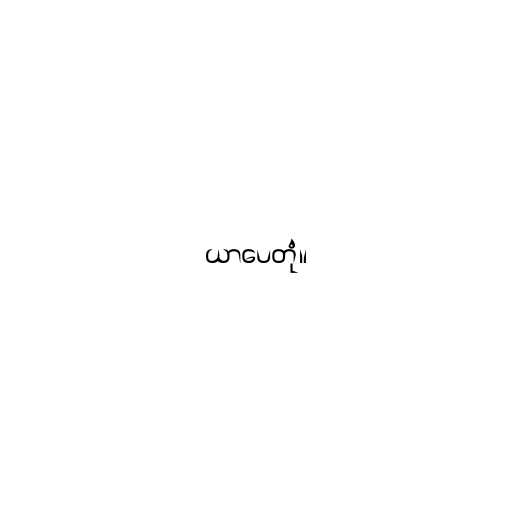
ယာပေတုံ။